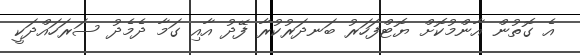
އެ ގޮތުން އާންމުކޮށް ޔޮޓްފަހަރު ބަނދަރުކުރާ ފޭދު އާއި ގަމާ ދެމެދު ސަރަހައްދަކީ